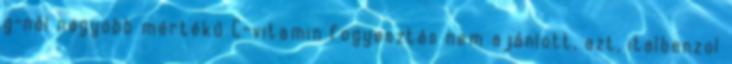
g-nál nagyobb mértékű C-vitamin fogyasztás nem ajánlott, azt, italbenzol